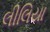
લીલિયા